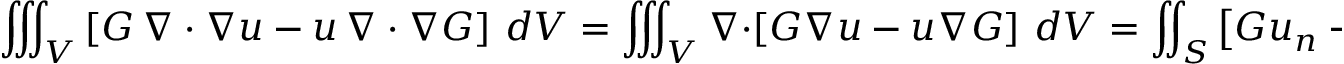
\iiint _ { V } \left[ G \, \nabla \cdot \nabla u - u \, \nabla \cdot \nabla G \right] \, d V = \iiint _ { V } \nabla \cdot \left[ G \nabla u - u \nabla G \right] \, d V = \iint _ { S } \left[ G u _ { n } - u G _ { n } \right] \, d S .